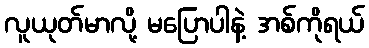
လူယုတ်မာလို့ မပြောပါနဲ့ အစ်ကိုရယ်